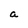
Character: a